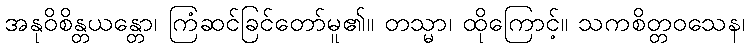
အနုဝိစိန္တယန္တော၊ ကြံဆင်ခြင်တော်မူ၏။ တသ္မာ၊ ထိုကြောင့်။ သကစိတ္တဝသေန၊